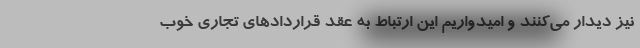
نیز دیدار می‌کنند و امیدواریم این ارتباط به عقد قراردادهای تجاری خوب